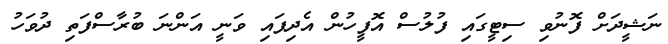
ނަޝީދަށް ފޮނުވި ސިޓީގައި ފުލުސް އޮފީހުން އެދިފައި ވަނީ އަންނަ ބުރާސްފަތި ދުވަހު